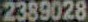
2389028